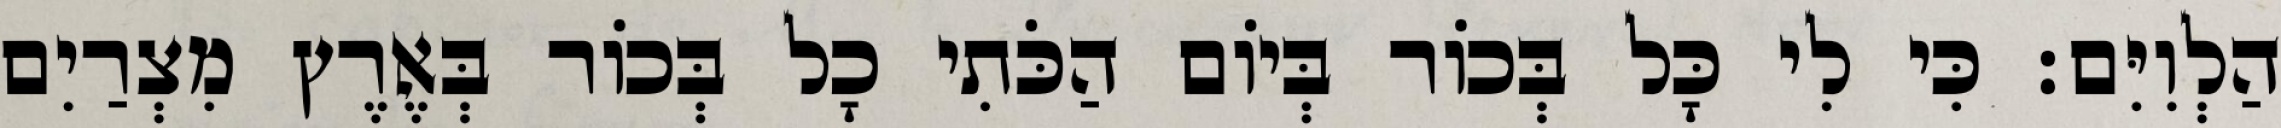
הַלְוִיִּם׃ כִּי לִי כָּל בְּכוֹר בְּיוֹם הַכֹּתִי כָל בְּכוֹר בְּאֶרֶץ מִצְרַיִם